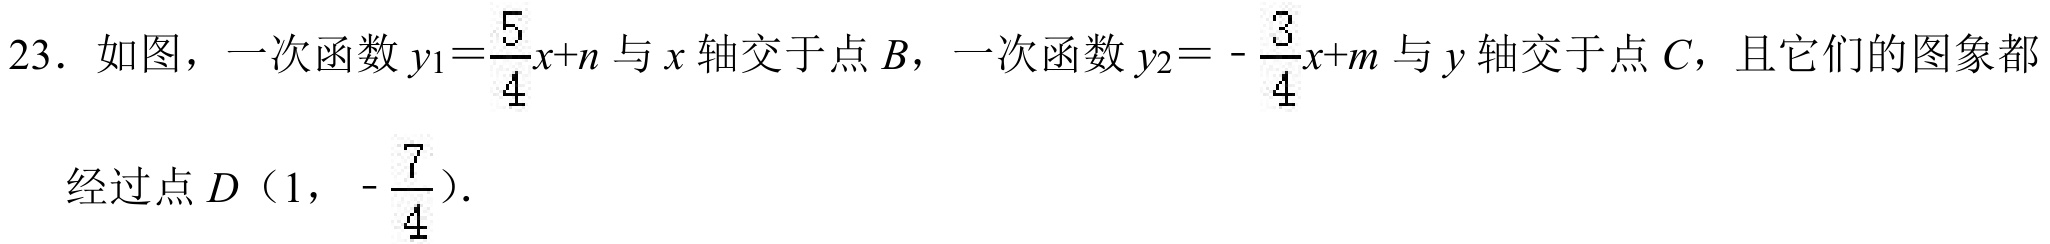
23. 如图，一次函数\(y_{1}=\frac{5}{4}x + n\)与\(x\)轴交于点\(B\)，一次函数\(y_{2}=-\frac{3}{4}x + m\)与\(y\)轴交于点\(C\)，且它们的图象都
经过点\(D\left(1,-\frac{7}{4}\right)\).